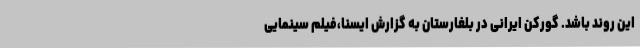
این روند باشد. گورکن ایرانی در بلغارستان به گزارش ایسنا،فیلم سینمایی